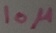
Text: 10µ